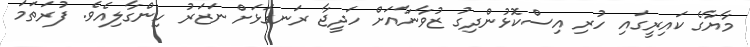
މާޔާގެ ކައިރީގައި ހުރި އިސްކޮޅުންދިގު ޒުވާނާއަށް ހަދީޖާ ރަނގަޅަށް ނަޒަރު ހިންގާލިއެވެ. ފުރަތަމަ